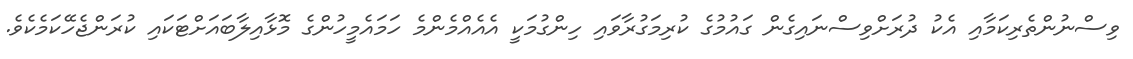
ވިސްނުންތެރިކަމާއި އެކު ދުރަށްވިސްނައިގެން ގައުމުގެ ކުރިމަގުރާވައި ހިންގުމަކީ އެއެއްމެންމެ ހަމައެމީހުންގެ މޮޅާއިލާބައަށްޓަކައި ކުރަންޖެހޭކަމެކެވެ.